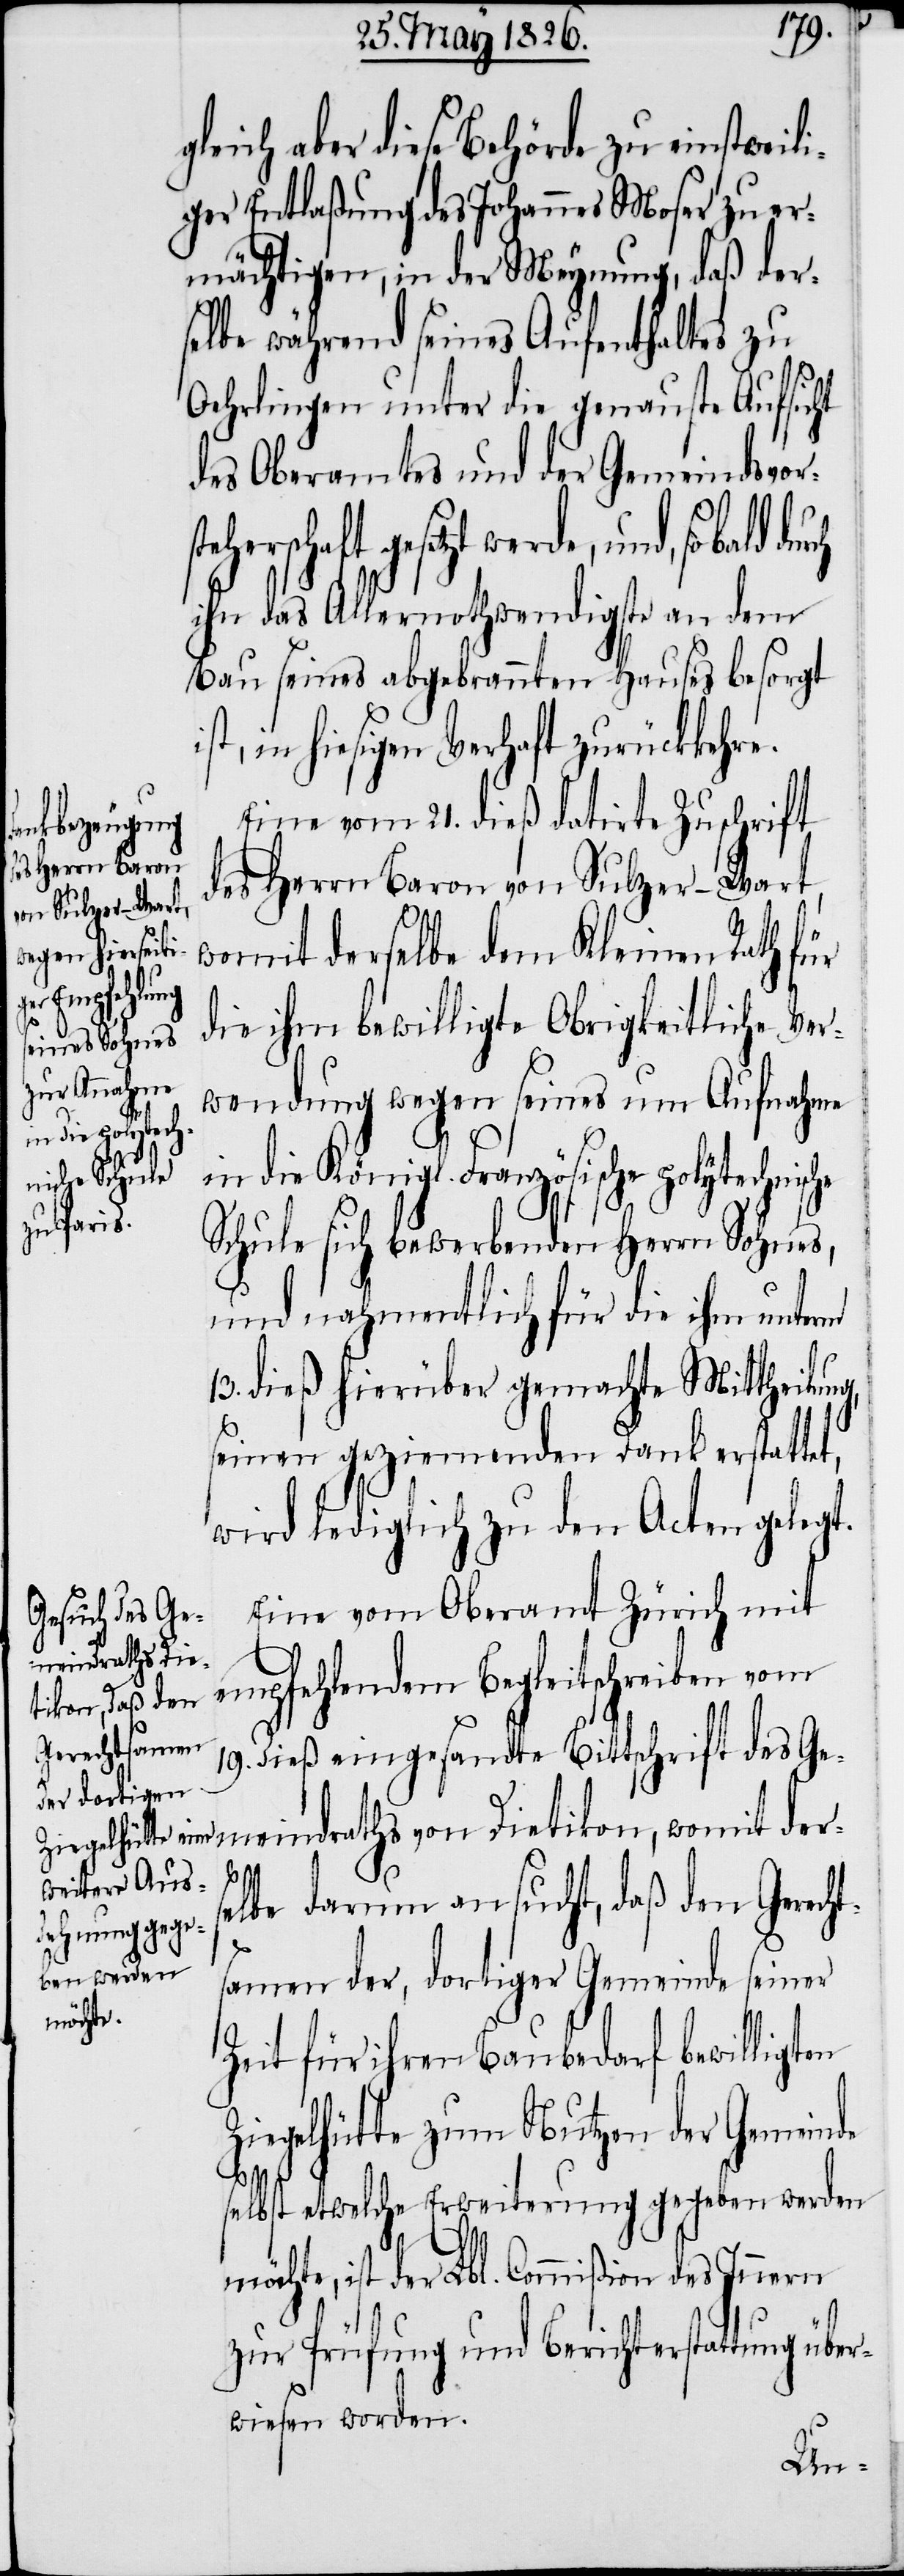
teherschaft
hnische

gleich aber diese Behörde zu einstweili¬
ger Entlaßung des Johannes Moser zu er¬
mächtigen, in der Meynung, daß der¬
selbe während seines Aufenthaltes zu
Oehrlingen unter die genauste Aufsicht
des Oberamtes und der Gemeindsvors¬
gesetzt werde, und, so bald
ihn das Allernothwendigste an dem
Bau seines abgebrannten Hauses besorgt
st, in hiesigen Verhaft zurückkehre.
Eine vom 21. dieß datirte Zuschrift
des Herrn Baron von Sulzer-Wart,
womit derselbe dem Kleinen Rath für
die ihm bewilligte Obrigkeitliche Ver¬
wendung wegen seines um Aufnahme
in die Königl. Französische polytec¬
Schule sich bewerbenden Herrn Sohnes,
und nahmentlich für die ihm unterm
13. dieß hierüber gemachte Mittheilung,
seinen geziemenden Dank erstattet,
wird lediglich zu den Acten gelegt.
Eine vom Oberamt Zürich mit
empfehlendem Begleitschreiben vom
19. dieß eingesandte Bittschrift des Ge¬
meindraths von Dietikon, womit ders¬
elbe darum ansucht, daß den Gerecht¬
samen der, dortiger Gemeinde seiner
Zeit für ihren Baubedarf bewilligten
Ziegelhütte zum Nutzen der Gemeinde
selbst etwelche Erweiterung gegeben werden
möchte, ist der Lbl. Commißion des Innern
zur Prüfung und Berichterstattung über¬
wiesen worden.

i¬